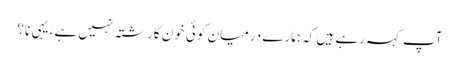
آپ کہہ رہے ہیں کہ ہمارے درمیان کوئی خون کا رشتہ نہیں ہے، یہی نا؟